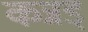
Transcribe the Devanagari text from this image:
कन्नड्